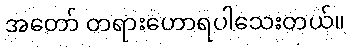
အတော် တရားဟောရပါသေးတယ်။